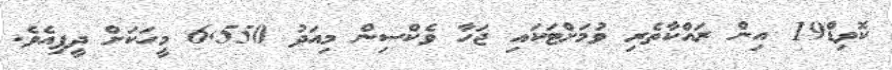
ކޮވިޑް19 އިން ރައްކާތެރި ވުމަށްޓަކައި ޖަހާ ވެކްސިން މިއަދު 6